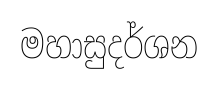
මහාසුදර්ශන